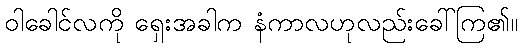
ဝါခေါင်လကို ရှေးအခါက နံကာလဟုလည်းခေါ်ကြ၏။